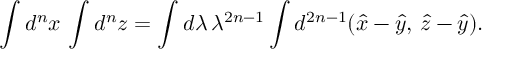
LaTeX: \int d ^ { n } x \, \int d ^ { n } z = \int d \lambda \, \lambda ^ { 2 n - 1 } \int d ^ { 2 n - 1 } ( \hat { x } - \hat { y } , \, \hat { z } - \hat { y } ) .